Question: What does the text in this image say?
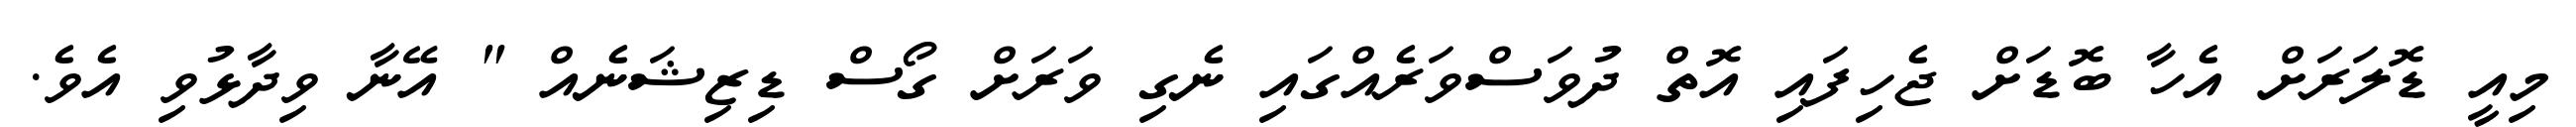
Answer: މިއީ ޑޮލަރަށް އެހާ ބޮޑަށް ޖެހިފައި އޮތް ދުވަސްވަރެއްގައި ނެގި ވަރަށް ގޯސް ޑިޒިޝަނެއް " އޭނާ ވިދާޅުވި އެވެ.